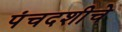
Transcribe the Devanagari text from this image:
पंचदशीचे